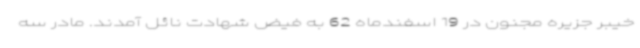
خیبر جزیره مجنون در 19 اسفندماه 62 به فیض شهادت نائل آمدند. مادر سه